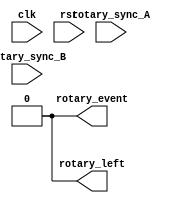
module rotary_decoder (
    input clk,
    input rst,
    input rotary_sync_A,
    input rotary_sync_B,
    output rotary_event,
    output rotary_left
);

    // Create your rotary decoder circuit here
    // This module takes in rotary_sync_A and rotary_sync_B which are the A and B signals synchronized to clk
    // In this module you should implement the Rotary Contact Filter and the rest of the rotary decoder circuit
    // as described in the prelab reading

    // Remove these lines after implementing your rotary decoder
    assign rotary_event = 0;
    assign rotary_left = 0;
endmodule